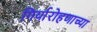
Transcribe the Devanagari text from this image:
गिर्यारोहणाच्या